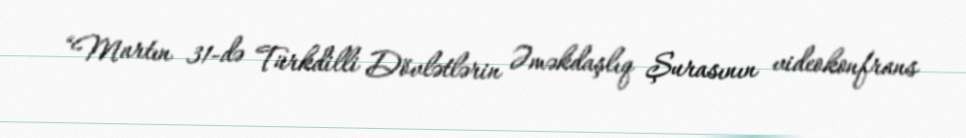
“Martın 31-də Türkdilli Dövlətlərin Əməkdaşlıq Şurasının videokonfrans